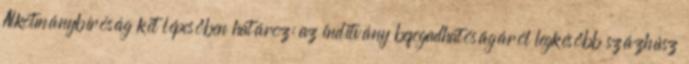
Alkotmánybíróság két lépcsőben határoz: az indítvány befogadhatóságáról legkésőbb százhúsz